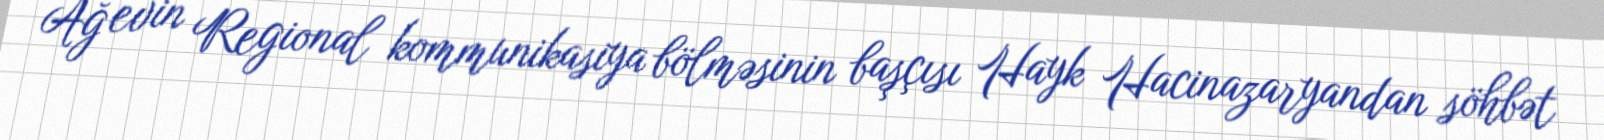
Ağ evin Regional kommunikasiya bölməsinin başçısı Hayk Hacinazaryandan söhbət